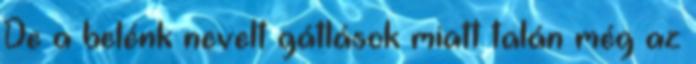
De a belénk nevelt gátlások miatt talán még az